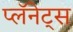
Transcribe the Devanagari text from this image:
प्लॅनेट्स